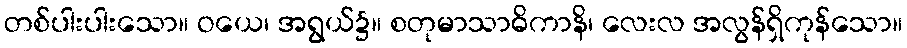
တစ်ပါးပါးသော။ ဝယေ၊ အရွယ်၌။ စတုမာသာဓိကာနိ၊ လေးလ အလွန်ရှိကုန်သော။